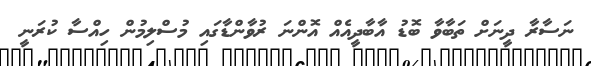
ނަސާރާ ދީނަށް ތަބާވާ ބޮޑު އާބާދީއެއް އޮންނަ ރުވާންޑާގައި މުސްލިމުން ހިއްސާ ކުރަނީ